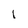
Character: I